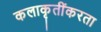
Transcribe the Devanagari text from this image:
कलाकृतींकरता